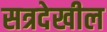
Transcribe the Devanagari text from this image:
सत्रदेखील